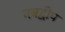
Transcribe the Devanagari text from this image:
नबद्वीप